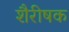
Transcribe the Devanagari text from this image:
शैरीषक